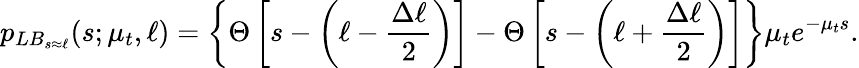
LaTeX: p_{LB_{s\approx\ell}}(s;\mu_{t},\ell)=\left\{ \Theta\left[s-\left(\ell-\frac{\Delta\ell}{2}\right)\right]-\Theta\left[s-\left(\ell+\frac{\Delta\ell}{2}\right)\right]\right\} \mu_{t}e^{-\mu_{t}s}.